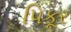
પિકૂર